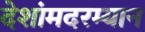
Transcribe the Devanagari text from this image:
देशांमदरम्यान